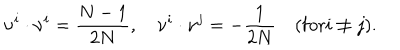
\nu ^ { i } \cdot \nu ^ { i } = { \frac { N - 1 } { 2 N } } , \quad \nu ^ { i } \cdot \nu ^ { j } = - { \frac { 1 } { 2 N } } \quad ( \mathrm { f o r } i \not = j ) .